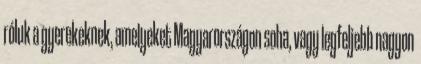
róluk a gyerekeknek, amelyeket Magyarországon soha, vagy legfeljebb nagyon